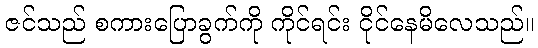
ဇင်သည် စကားပြောခွက်ကို ကိုင်ရင်း ငိုင်နေမိလေသည်။